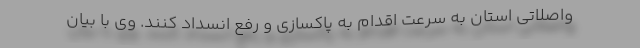
واصلاتی استان به سرعت اقدام به پاکسازی و رفع انسداد کنند. وی با بیان